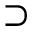
\supset